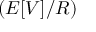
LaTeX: \left( E [ V ] / R \right)